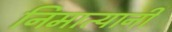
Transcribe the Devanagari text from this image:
निमात्यानी